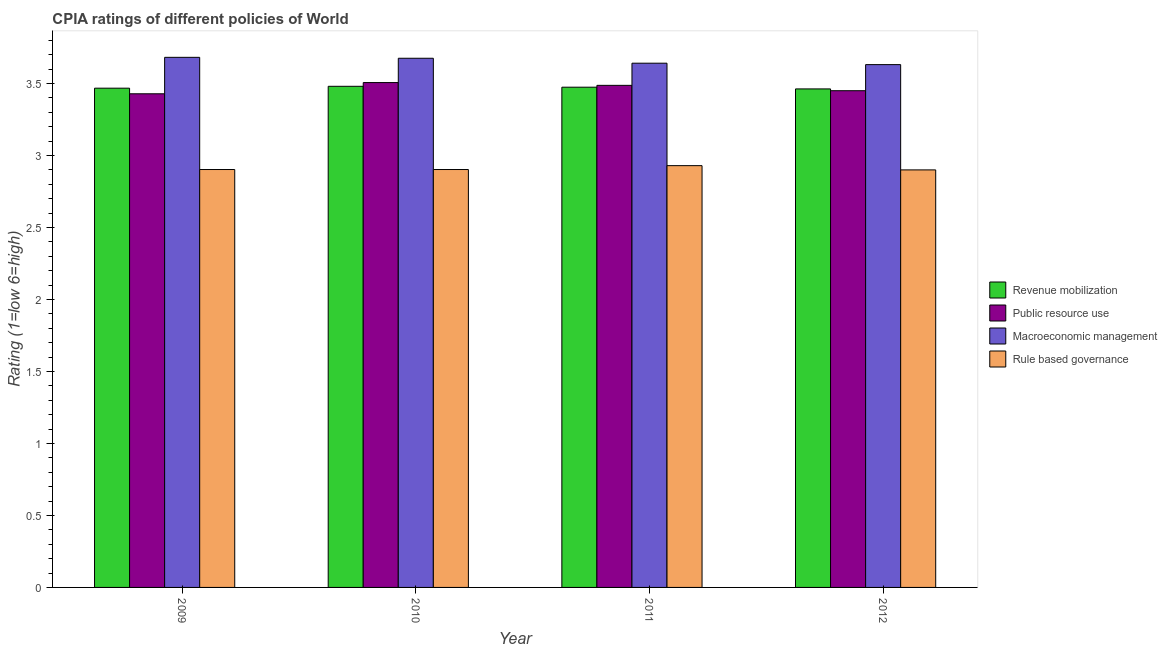
| Year | Revenue mobilization | Public resource use | Macroeconomic management | Rule based governance |
 | --- | --- | --- | --- | --- |
 | 2009 | 3.47 | 3.43 | 3.68 | 2.9 |
 | 2010 | 3.48 | 3.51 | 3.68 | 2.9 |
 | 2011 | 3.47 | 3.49 | 3.64 | 2.93 |
 | 2012 | 3.46 | 3.45 | 3.63 | 2.9 |